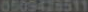
0509428511